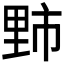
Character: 𫒁